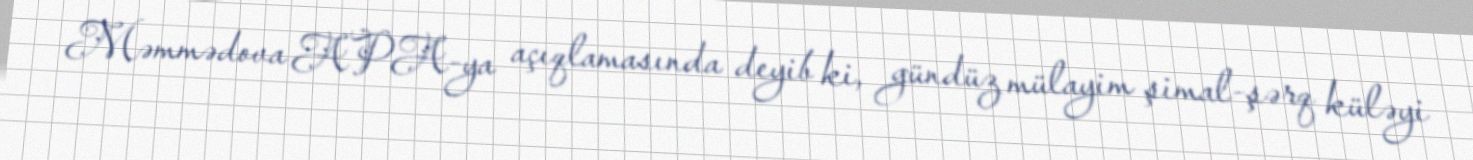
Məmmədova APA-ya açıqlamasında deyib ki, gündüz mülayim şimal-şərq küləyi